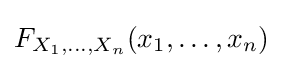
F_{X_{1},\ldots ,X_{n}}(x_{1},\ldots ,x_{n})